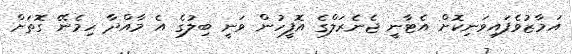
އަމާޒުވެފައިވަނިކޮށް އެޓާނީ ޖެނެރަލްގެ އޮފީހުން ވަނީ ބިލުގެ އެ މާއްދާ ހިމެނޭ ގޮތަށް